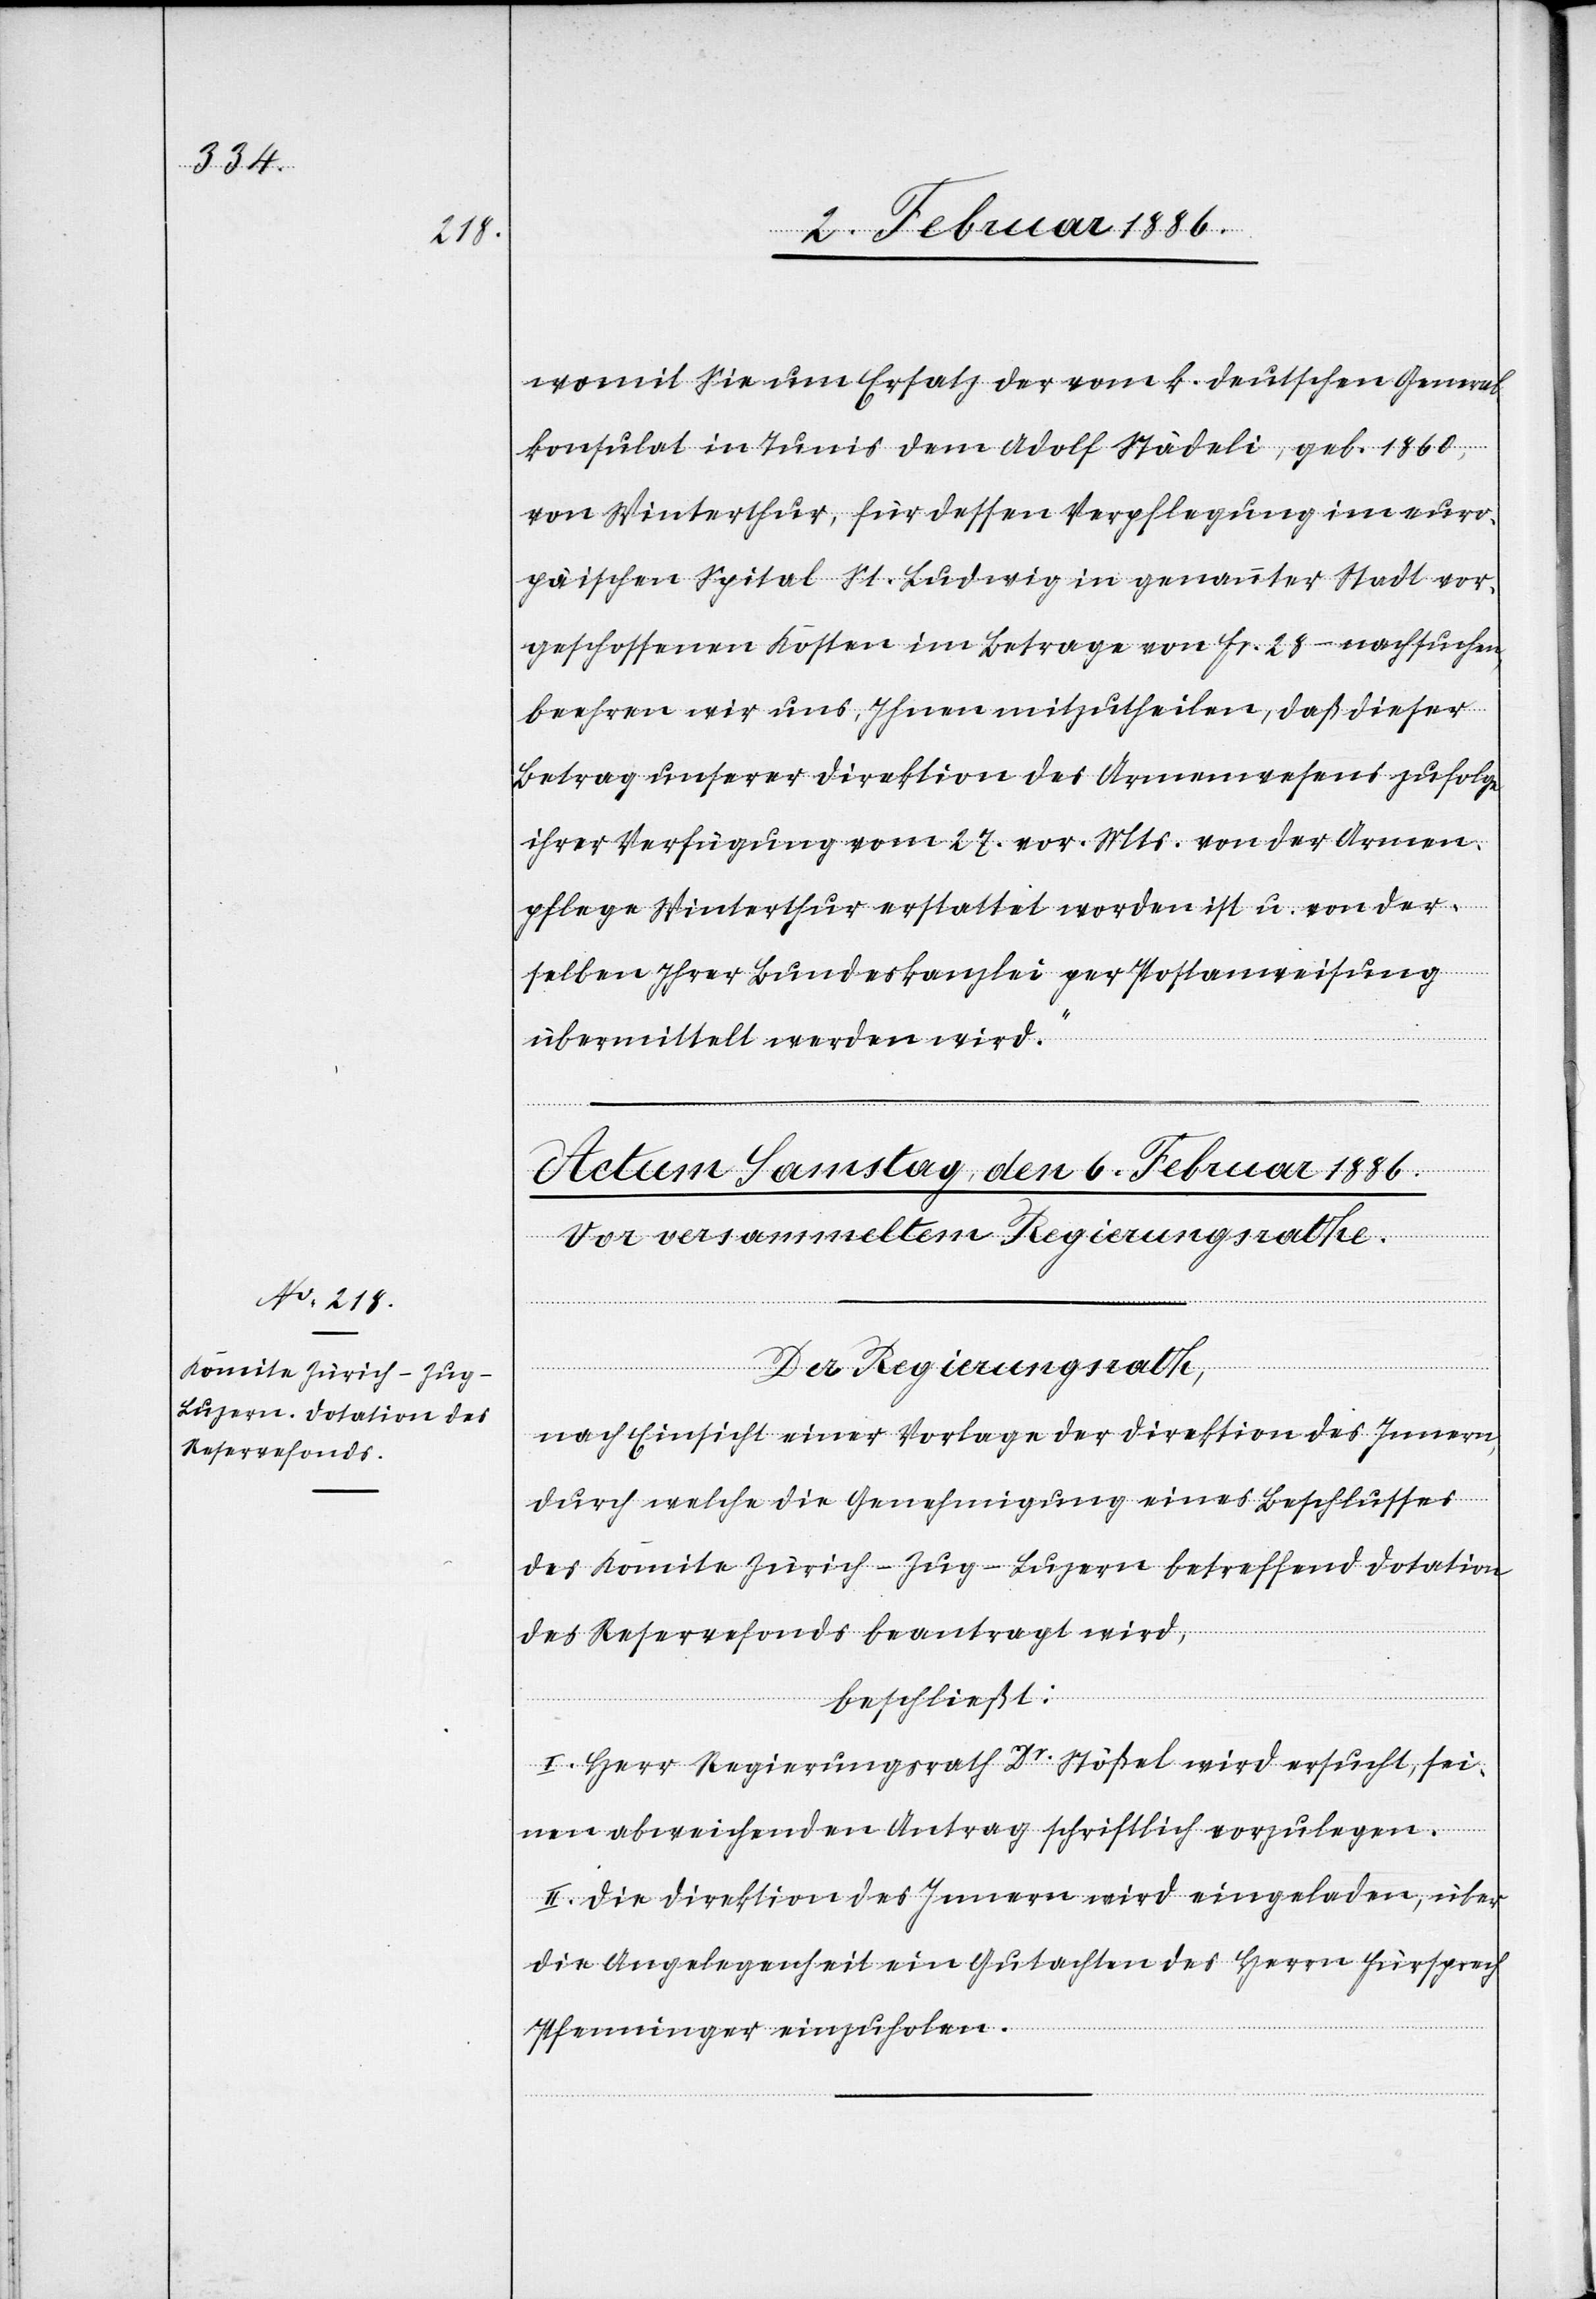
womit Sie um Ersatz der vom k. deutschen General¬
konsulat in Tunis dem Adolf Städeli, geb. 1860,
von Winterthur, für dessen Verpflegung im euro¬
päischen Spital St. Ludwig in genannter Stadt vor¬
geschossenen Kosten im Betrage von Fr. 28.– nachsuchen,
beehren wir uns, Ihnen mitzutheilen, daß dieser
Betrag unserer Direktion des Armenwesens zufolge
ihrer Verfügung vom 27. vor. Mts. von der Armen¬
pflege Winterthur erstattet worden ist u. von der¬
selben Ihrer Bundeskanzlei per Postanweisung
übermittelt werden wird.“
Der Regierungsrath,
nach Einsicht einer Vorlage der Direktion des Innern,
durch welche die Genehmigung eines Beschlusses
des Komite Zürich-Zug-Luzern betreffend Dotation
des Reservefondes beantragt wird,
beschließt:
I. Herr Regierungsrath Dr Stößel wird ersucht, sei¬
nen abweichenden Antrag schriftlich vorzulegen.
II. Die Direktion des Innern wird eingeladen, über
die Angelegenheit ein Gutachten des Herrn Fürsprech
Pfenninger einzuholen.